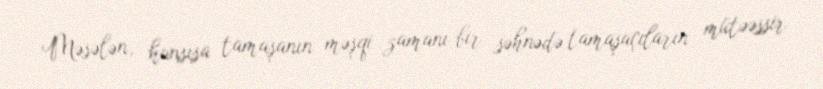
Məsələn, hansısa tamaşanın məşqi zamanı bir səhnədə tamaşaçıların mütəəssir